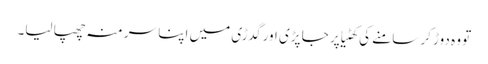
تو وہ دوڑ کر سامنے کی کھٹیا پر جا پڑی اور گدڑی میں اپنا سر منہ چھپا لیا۔